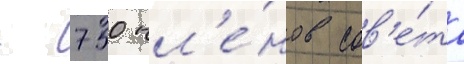
- 750 чл'е́нов сов'е́та